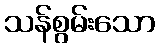
သန်စွမ်းသော